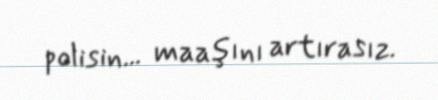
polisin... maaşını artırasız.